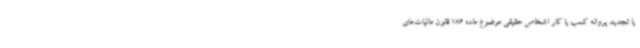
یا تجدید پروانه کسب یا کار اشخاص حقیقی موضوع ماده 186 قانون مالیات‌های